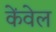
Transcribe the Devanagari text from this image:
केंवेल